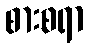
စားစရာ